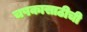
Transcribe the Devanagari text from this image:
चषकासाठीची